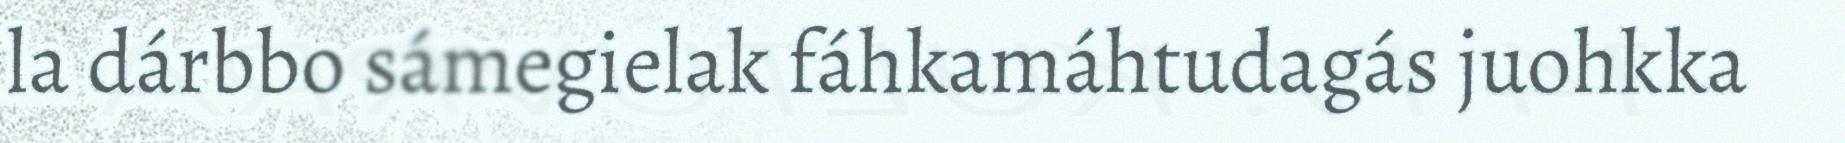
la dárbbo sámegielak fáhkamáhtudagás juohkka